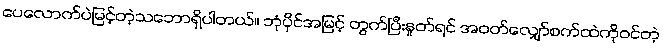
ပေလောက်ပဲမြင့်တဲ့သဘောရှိပါတယ်။ ဘုံပိုင်အမြင့် တွက်ပြီးနှုတ်ရင် အဝတ်လျှော်စက်ထဲကိုဝင်တဲ့